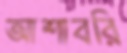
আশাবরি